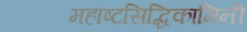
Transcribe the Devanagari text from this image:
महाष्टसिद्धिकामिनी